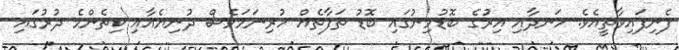
ފެނިފައިވާތީއެވެ. ހަނދާއި އިރުގެ ބޮޑުމިނުގައި ބޮޑު ތަފާތެއް ހުރިނަމަވެސް ދުނިޔެއާއި ކިތެންމެ ދުރުގައި